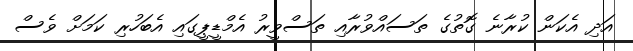
އަދި އެކަން ކުރާނެ ގޮތުގެ ތަސައްވުރާއި ތަސްވީރު އެމްޑީޕީގައި އެބަހުރި ކަމަށް ވެސް